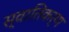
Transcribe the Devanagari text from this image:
स्वातिकर्ण